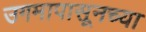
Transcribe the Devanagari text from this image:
उगमापासूनच्या